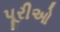
પૂરીઓ